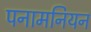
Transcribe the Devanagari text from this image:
पनामनियन